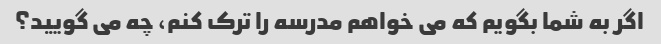
اگر به شما بگویم که می خواهم مدرسه را ترک کنم، چه می گویید؟